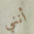
أنني